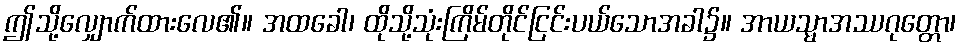
ဤသို့လျှောက်ထားလေ၏။ အထခေါ၊ ထိုသို့သုံးကြိမ်တိုင်ငြင်းပယ်သောအခါ၌။ အာယသ္မာအဿဂုတ္တော၊